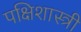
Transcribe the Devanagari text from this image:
पक्षिशास्त्री